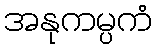
အနုကမ္ပကံ